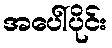
အပေါ်ပိုင်း